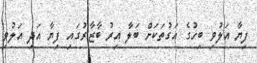
ފިޔާ އަލުވި ބިހުގެ އަގުތަކަށް ބަލާ އިރު ބާޒާރުގައި ފިޔާ އަދި އަލުވި